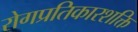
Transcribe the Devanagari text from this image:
रोगप्रतिकारशक्ति